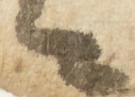
々